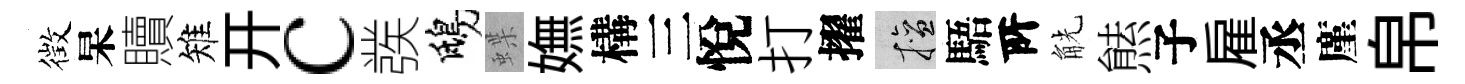
徴杲贖雉开c彂鴟蝶嫵構三悅打擢擅䮏𠩄觥㷱子雇丞廑帛